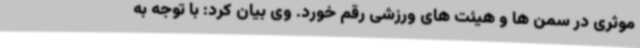
موثری در سمن ها و هیئت های ورزشی رقم خورد. وی بیان کرد: با توجه به